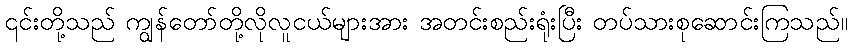
၎င်းတို့သည် ကျွန်တော်တို့လိုလူငယ်များအား အတင်းစည်းရုံးပြီး တပ်သားစုဆောင်းကြသည်။